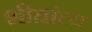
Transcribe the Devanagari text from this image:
शीघ्रांत्य